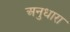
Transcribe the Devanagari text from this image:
अनुधारा